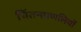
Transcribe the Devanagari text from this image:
चिंतनप्रणलियों